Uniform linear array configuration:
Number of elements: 16
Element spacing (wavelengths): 0.25
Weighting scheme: blackman
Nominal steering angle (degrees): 60
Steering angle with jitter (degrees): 59.734
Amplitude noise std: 0.05
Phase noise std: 0.05

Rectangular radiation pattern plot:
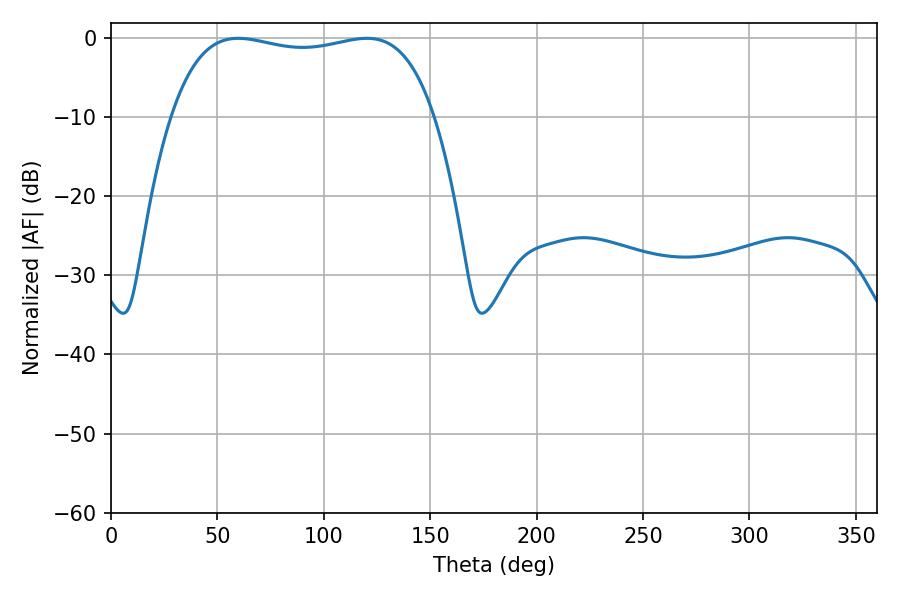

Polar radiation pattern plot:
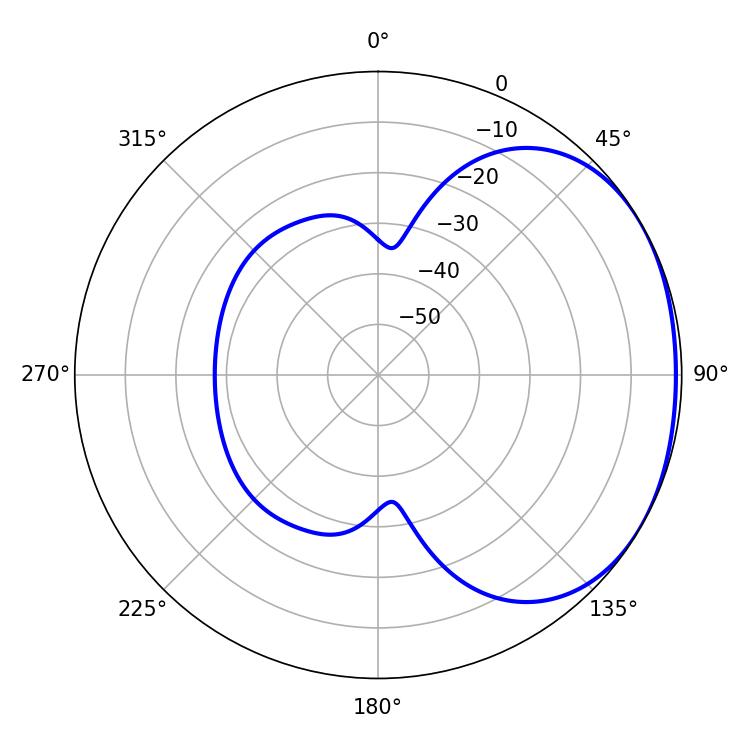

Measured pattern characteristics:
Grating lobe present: FALSE
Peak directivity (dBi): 1.598
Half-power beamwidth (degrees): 99.72
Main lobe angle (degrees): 59.76